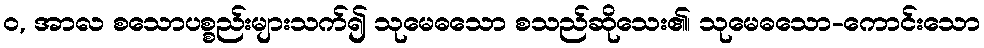
ဝ, အာလ စသောပစ္စည်းများသက်၍ သုမေဓသော စသည်ဆိုသေး၏၊ သုမေဓသော-ကောင်းသော